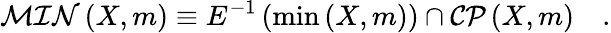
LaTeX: {\cal MIN}\left(X,m\right)\equiv E^{-1}\left(\operatorname*{min}\left(X,m\right)\right)\cap{\cal CP}\left(X,m\right)\quad.